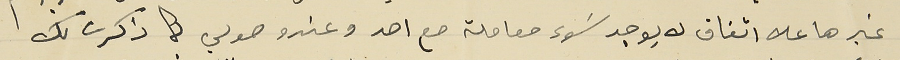
غيرها علا اتفاق لا يوجد سَوء معاملة مع احد وعند وصولي كما ذكرت لك